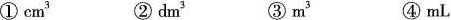
①cm^{3} ②dm^{3} ③m^{3} ④mL